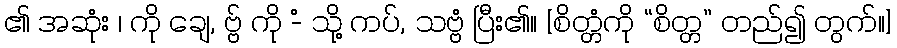
၏ အဆုံး ၊ ကို ချေ, ဗ္ဗ် ကို -ံ သို့ ကပ်, သဗ္ဗံ ပြီး၏။ [စိတ္တံကို “စိတ္တ” တည်၍ တွက်။]